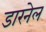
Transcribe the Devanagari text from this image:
डारनेल